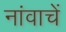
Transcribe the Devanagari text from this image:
नांवाचें